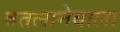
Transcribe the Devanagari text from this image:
बतलानेवाला